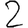
Digit: 2